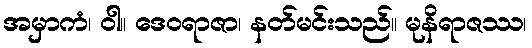
အမှာကံ၊ ဝါ။ ဒေဝရာဇာ၊ နတ်မင်းသည်။ မုနိရာဇဿ၊